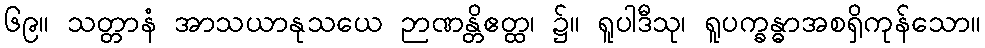
၆၉။ သတ္တာနံ အာသယာနုသယေ ဉာဏန္တိဧတ္ထ၊ ၌။ ရူပါဒီသု၊ ရူပက္ခန္ဓာအစရှိကုန်သော။